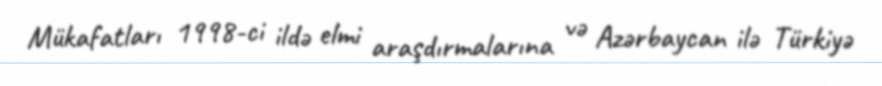
Mükafatları 1998-ci ildə elmi araşdırmalarına və Azərbaycan ilə Türkiyə